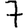
Digit: 7